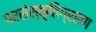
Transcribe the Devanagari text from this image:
परसंस्कृतिग्रहण